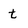
Character: t